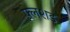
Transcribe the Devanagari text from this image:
फ्लशड